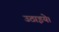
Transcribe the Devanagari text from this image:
उठाइये।